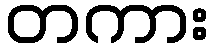
တကား